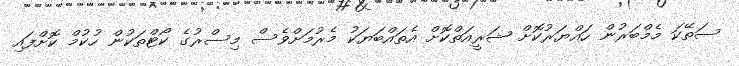
ސަތޭކަ މެމްބަރުން ހައްޔަރުކޮށް ޝަރީއަތްކޮށް އެތައްބަޔަކު މެރުމަށްވެސް މިސްރުގެ ކޯޓްތަކުން ހުކުމް ކޮށްފައި